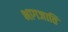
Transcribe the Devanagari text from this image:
भागजाति